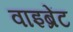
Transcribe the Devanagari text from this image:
वाइब्रेंट